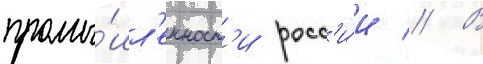
промы́шл'енност'и росс'и́и // В